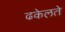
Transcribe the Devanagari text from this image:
ढकेलते